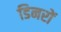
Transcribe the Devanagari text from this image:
डिनरों